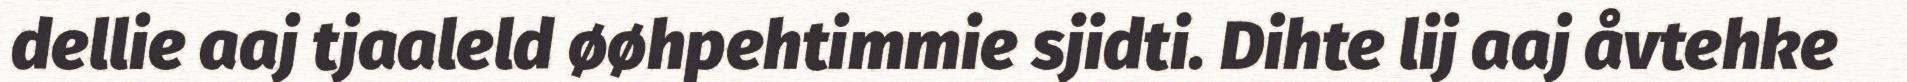
dellie aaj tjaaleld øøhpehtimmie sjidti. Dihte lij aaj åvtehke